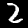
Digit: 2